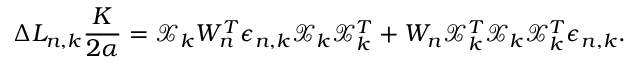
\Delta L _ { n , k } \frac { K } { 2 \alpha } = \mathcal { X } _ { k } W _ { n } ^ { T } \epsilon _ { n , k } \mathcal { X } _ { k } \mathcal { X } _ { k } ^ { T } + W _ { n } \mathcal { X } _ { k } ^ { T } \mathcal { X } _ { k } \mathcal { X } _ { k } ^ { T } \epsilon _ { n , k } .